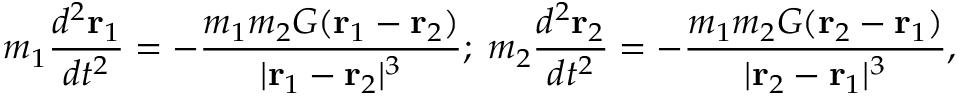
m _ { 1 } { \frac { d ^ { 2 } { \mathbf { r } } _ { 1 } } { d t ^ { 2 } } } = - { \frac { m _ { 1 } m _ { 2 } G ( { \mathbf { r } } _ { 1 } - { \mathbf { r } } _ { 2 } ) } { | { \mathbf { r } } _ { 1 } - { \mathbf { r } } _ { 2 } | ^ { 3 } } } ; \; m _ { 2 } { \frac { d ^ { 2 } { \mathbf { r } } _ { 2 } } { d t ^ { 2 } } } = - { \frac { m _ { 1 } m _ { 2 } G ( { \mathbf { r } } _ { 2 } - { \mathbf { r } } _ { 1 } ) } { | { \mathbf { r } } _ { 2 } - { \mathbf { r } } _ { 1 } | ^ { 3 } } } ,